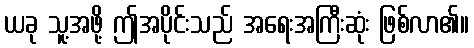
ယခု သူ့အဖို့ ဤအပိုင်းသည် အရေးအကြီးဆုံး ဖြစ်လာ၏။